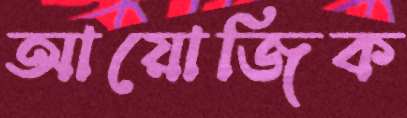
আয়োজিক